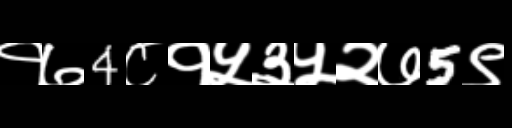
Text: १७4८१५३५२७5९